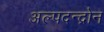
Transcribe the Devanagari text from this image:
अल्पदन्द्रोन